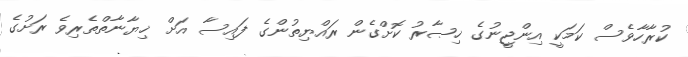
ކުރާހާވެސް ކަމަކީ އިންޖީނުގެ ޚިޞާރު ކޮށްގެން ރައްޔިތުންގެ ފައިސާ އަށް ޚިޔާނާތްތެރިވެ ރަށުގެ